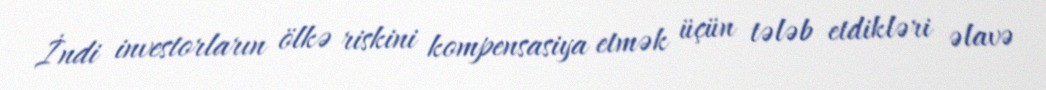
İndi investorların ölkə riskini kompensasiya etmək üçün tələb etdikləri əlavə